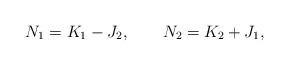
LaTeX: \begin{align*}N_{1} = K_{1} - J_{2} , \qquad N_{2} = K_{2} + J_{1} ,\end{align*}